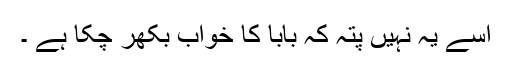
اسے یہ نہیں پتہ کہ بابا کا خواب بکھر چکا ہے ۔